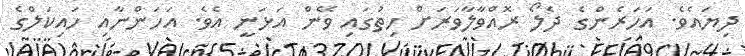
ދިޔައެވެ. އަހަރެންގެ ދެލޯ ރޮއްވާލާވަރަށް ހިތުގައި ވޭން އަޅަނީ އެވެ. އަހަންނާއި ހައިކަލްގެ